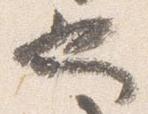
也